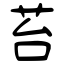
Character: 苔